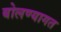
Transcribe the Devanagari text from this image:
बोलण्यागत